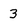
Character: 3